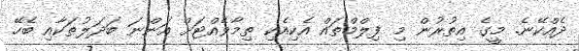
ދެއްކޭނެ. މީގެ އިތުރުން މި ފިލްމްތައް އެކިއެކި ތިމާވެއްޓަށް އަންނަ ބަދަލުތަކާއި ބެހޭ